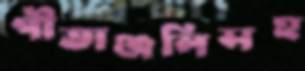
গীতাঞ্জলিসহ